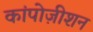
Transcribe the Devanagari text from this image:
कांपोज़ीशन